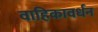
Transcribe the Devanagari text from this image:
वाहिकावर्धन